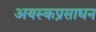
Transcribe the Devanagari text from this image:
अयस्कप्रसाधन